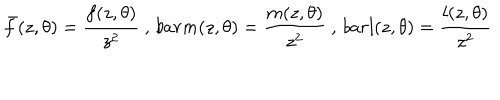
\bar { f } ( z , \theta ) = \frac { f ( z , \theta ) } { z ^ { 2 } } \ , \, b a r { m } ( z , \theta ) = \frac { m ( z , \theta ) } { z ^ { 2 } } \ , \, b a r { l } ( z , \theta ) = \frac { l ( z , \theta ) } { z ^ { 2 } } \,